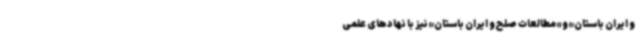
و ایران باستان» و «مطالعات صلح و ایران باستان» نیز با نهادهای علمی